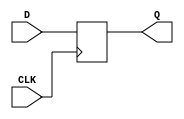
`timescale 1ns / 1ps
//////////////////////////////////////////////////////////////////////////////////
// Company: 
// Engineer: 
// 
// Design Name: 
// Module Name: RegPC
// Project Name: 
// Target Devices: 
// Tool Versions: 
// Description: 
// 
// Dependencies: 
// 
// Revision:
// Revision 0.01 - File Created
// Additional Comments:
// 
//////////////////////////////////////////////////////////////////////////////////
// DOCUMENTACION
// Este modulo es esencial para el manejo de las instrucciones que se van a ejecutar, se encarga de cargar la siguiente instruccion una vez se termina
// el ciclo actual de reloj.
//////////////////////////////////////////////////////////////////////////////////

module RegPC(              //  Registro PC, se encarga de cargar la siguiente instruccion por cada ciclo de reloj
    output reg [31:0] Q,   //  Salida es la instruccion que se ejecuta en ese ciclo de reloj especifico
    input [31:0] D,        //  La entrada es la siguiente instruccion
    input CLK              //  Reloj
    );
always @(posedge CLK)      //  Se da el cambio a la siguiente instruccion en el flanco positivo del reloj
begin
	Q <= D;                //  Asigna el valor en su entrada, a la salida del RegPC
end
endmodule